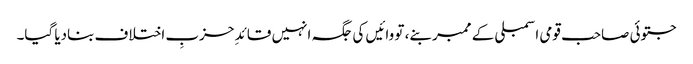
جتوئی صاحب قومی اسمبلی کے ممبر بنے، تو وائیں کی جگہ انہیں قائدِ حزبِ اختلاف بنادیا گیا۔